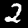
Label: 2